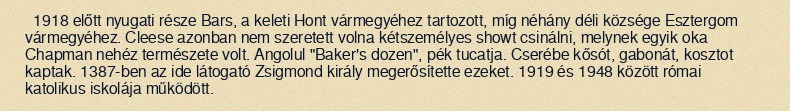
1918 előtt nyugati része Bars, a keleti Hont vármegyéhez tartozott, míg néhány déli községe Esztergom vármegyéhez. Cleese azonban nem szeretett volna kétszemélyes showt csinálni, melynek egyik oka Chapman nehéz természete volt. Angolul "Baker's dozen", pék tucatja. Cserébe kősót, gabonát, kosztot kaptak. 1387-ben az ide látogató Zsigmond király megerősítette ezeket. 1919 és 1948 között római katolikus iskolája működött.